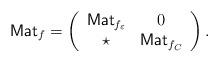
LaTeX: \begin{align*}\mathsf{Mat}_f = \left(\begin{array}{cc}\mathsf{Mat}_{f_\varepsilon}&0\\\star&\mathsf{Mat}_{f_C}\end{array}\right).\end{align*}